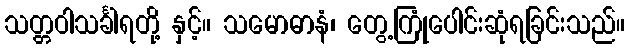
သတ္တဝါသင်္ခါရတို့ နှင့်။ သမောဓာနံ၊ တွေ့ကြုံပေါင်းဆုံရခြင်းသည်။